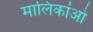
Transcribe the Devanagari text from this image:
मालिकांओ